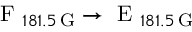
\textrm { F } _ { 1 8 1 . 5 \, \mathrm { G } } \rightarrow \textrm { E } _ { 1 8 1 . 5 \, \mathrm { G } }